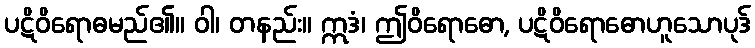
ပဋိဝိရောဓမည်၏။ ဝါ၊ တနည်း။ ဣဒံ၊ ဤဝိရောဓော, ပဋိဝိရောဓောဟူသောပုဒ်